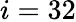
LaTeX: i=32